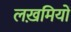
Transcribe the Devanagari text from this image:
लख़मियों